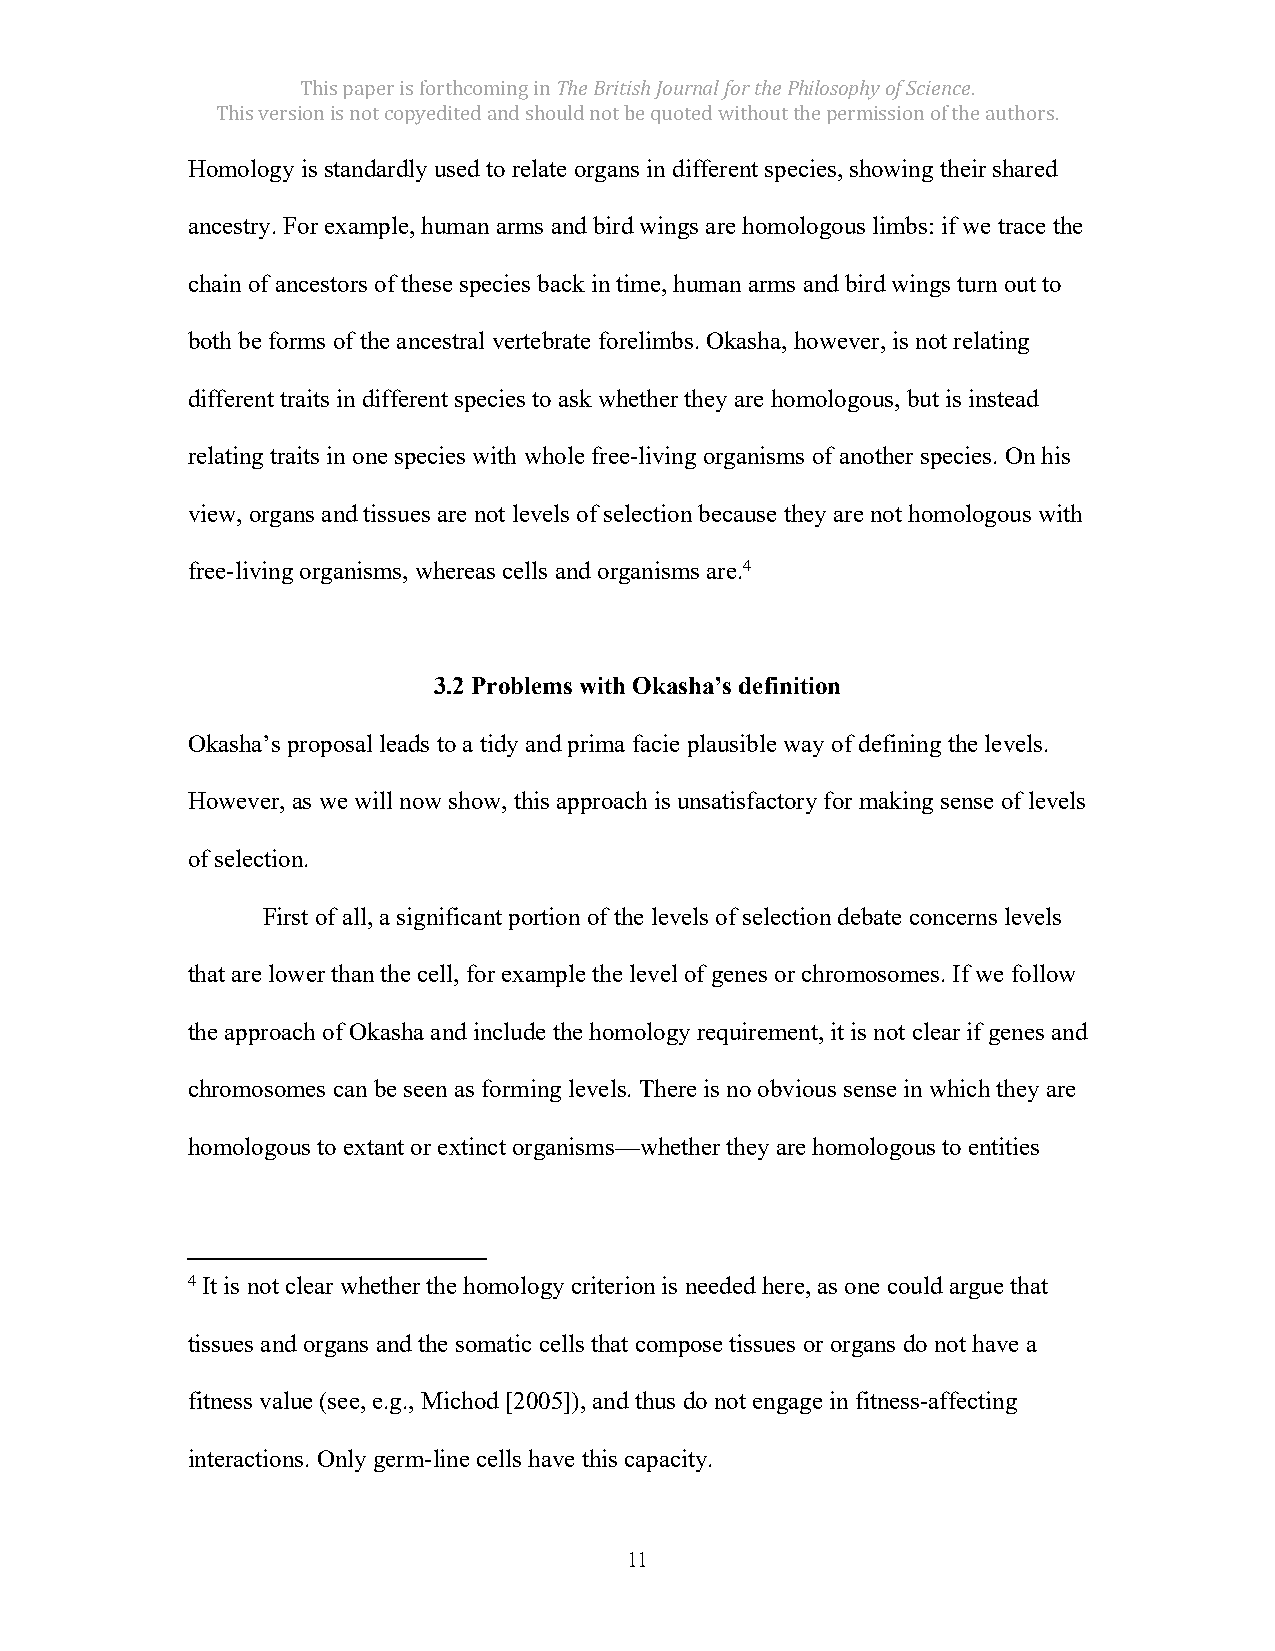
This paper is forthcoming in The British Journal for the Philosophy of Science.
 This version is not copyedited and should not be quoted without the permission of the authors.
 Homology is standardly used to relate organs in different species, showing their shared
 ancestry. For example, human arms and bird wings are homologous limbs: if we trace the
 chain of ancestors of these species back in time, human arms and bird wings turn out to
 both be forms of the ancestral vertebrate forelimbs. Okasha, however, is not relating
 different traits in different species to ask whether they are homologous, but is instead
 relating traits in one species with whole free-living organisms of another species. On his
 view, organs and tissues are not levels of selection because they are not homologous with
 free-living organisms, whereas cells and organisms are.4
 3.2 Problems with Okasha’s definition
 Okasha’s proposal leads to a tidy and prima facie plausible way of defining the levels.
 However, as we will now show, this approach is unsatisfactory for making sense of levels
 of selection.
 First of all, a significant portion of the levels of selection debate concerns levels
 that are lower than the cell, for example the level of genes or chromosomes. If we follow
 the approach of Okasha and include the homology requirement, it is not clear if genes and
 chromosomes can be seen as forming levels. There is no obvious sense in which they are
 homologous to extant or extinct organisms—whether they are homologous to entities
 4 It is not clear whether the homology criterion is needed here, as one could argue that
 tissues and organs and the somatic cells that compose tissues or organs do not have a
 fitness value (see, e.g., Michod [2005]), and thus do not engage in fitness-affecting
 interactions. Only germ-line cells have this capacity.
 11